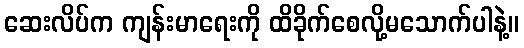
ဆေးလိပ်က ကျန်းမာရေးကို ထိခိုက်စေလို့မသောက်ပါနဲ့။